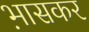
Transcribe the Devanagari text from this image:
भ़ासकर